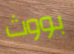
بووث